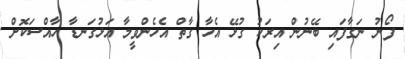
ފޯނު ނަގާފައި ބޭނުން އިރަކު ގުޅޭ އެހާ ގާތް އެހެންވީމާ އަޅުގަނޑާ ހާއްސަކޮށް